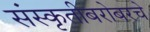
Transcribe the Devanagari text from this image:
संस्कृतीबरोबरचे